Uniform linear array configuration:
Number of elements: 32
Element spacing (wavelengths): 0.25
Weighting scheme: uniform
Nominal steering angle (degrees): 0
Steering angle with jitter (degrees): -0.6377
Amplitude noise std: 0.05
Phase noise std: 0.05

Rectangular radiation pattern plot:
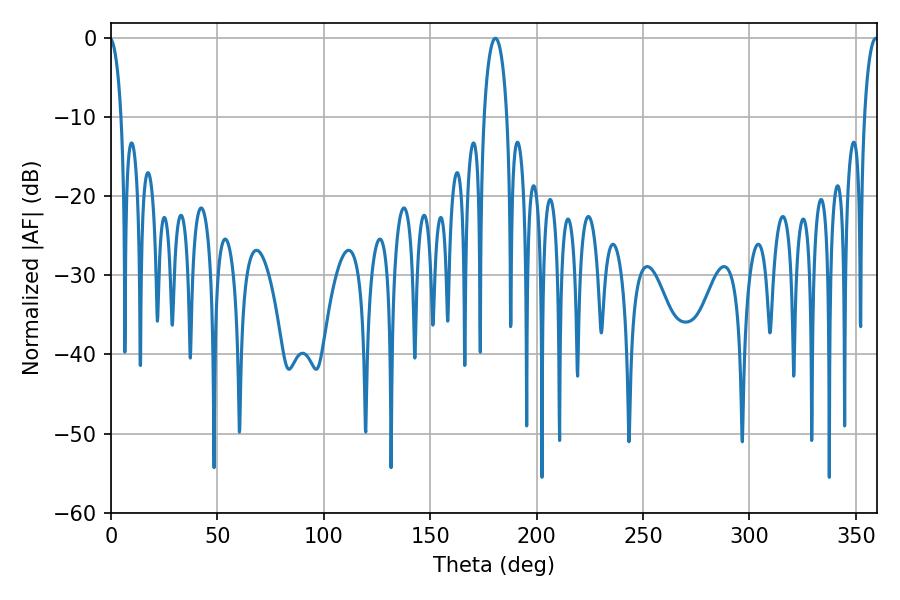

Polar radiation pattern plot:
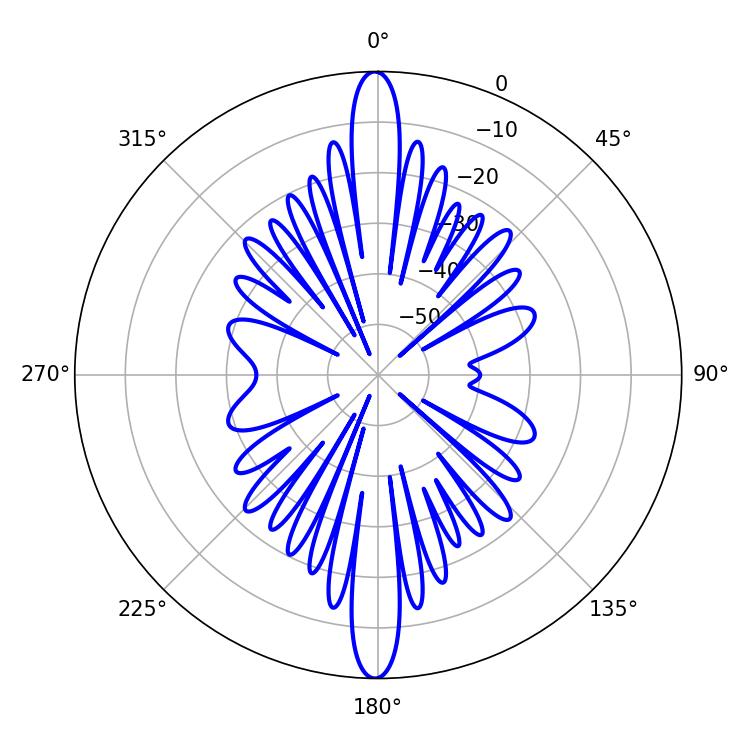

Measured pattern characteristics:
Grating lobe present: FALSE
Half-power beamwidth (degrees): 3.78
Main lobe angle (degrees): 359.28